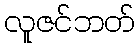
လူဇင်ဘတ်